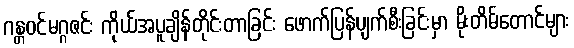
ဂန္တဝင်မဂ္ဂဇင်း ကိုယ်အပူချိန်တိုင်းတာခြင်း ဖောက်ပြန်ပျက်စီးခြင်းမှာ မိုးတိမ်တောင်များ